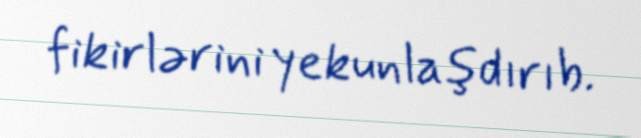
fikirlərini yekunlaşdırıb.